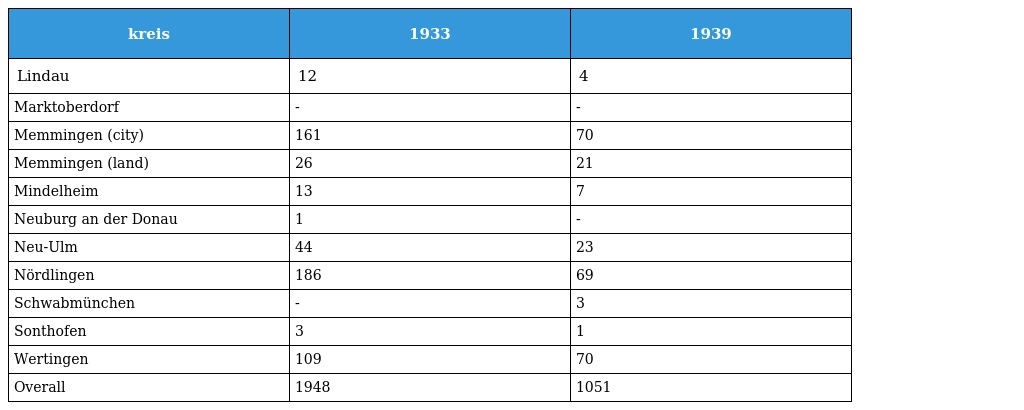
| kreis | 1933 | 1939 |
 | --- | --- | --- |
 | Lindau | 12 | 4 |
 | Marktoberdorf | - | - |
 | Memmingen (city) | 161 | 70 |
 | Memmingen (land) | 26 | 21 |
 | Mindelheim | 13 | 7 |
 | Neuburg an der Donau | 1 | - |
 | Neu-Ulm | 44 | 23 |
 | Nördlingen | 186 | 69 |
 | Schwabmünchen | - | 3 |
 | Sonthofen | 3 | 1 |
 | Wertingen | 109 | 70 |
 | Overall | 1948 | 1051 |